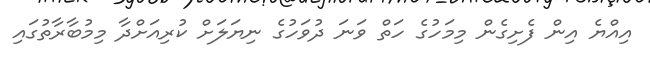
އިއްޔެ އިން ފެށިގެން މިމަހުގެ ހަތް ވަނަ ދުވަހުގެ ނިޔަލަށް ކުރިއަށްދާ މިމުބާރާތުގައި